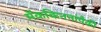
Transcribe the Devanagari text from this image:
मॅककिननांपैकी